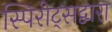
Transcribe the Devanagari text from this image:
स्पिरीट्सद्वारा